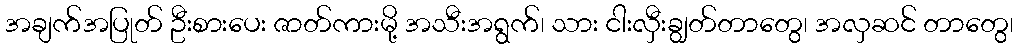
အချက်အပြုတ် ဦးစားပေး ဇာတ်ကားမို့ အသီးအရွက်၊ သား ငါးလှီးချွတ်တာတွေ၊ အလှဆင် တာတွေ၊